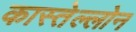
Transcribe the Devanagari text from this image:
कास्तेल्लोन